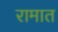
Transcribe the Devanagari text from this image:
रामात